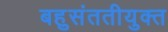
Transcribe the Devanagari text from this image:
बहुसंततीयुक्त